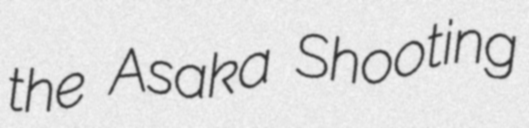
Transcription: the Asaka Shooting